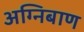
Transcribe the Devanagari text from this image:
अग्‍निबाण